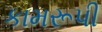
કામરૂપી